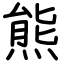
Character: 熊